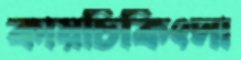
কায়চিকিৎসা